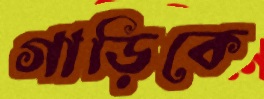
গাড়িকে